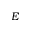
E